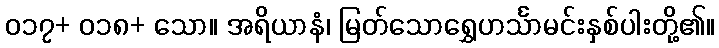
၀၁၇+ ၀၁၈+ သော။ အရိယာနံ၊ မြတ်သောရွှေဟင်္သာမင်းနှစ်ပါးတို့၏။